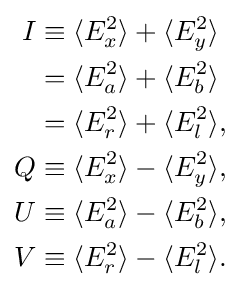
{\begin{aligned}I&\equiv \langle E_{x}^{2}\rangle +\langle E_{y}^{2}\rangle \\&=\langle E_{a}^{2}\rangle +\langle E_{b}^{2}\rangle \\&=\langle E_{r}^{2}\rangle +\langle E_{l}^{2}\rangle ,\\Q&\equiv \langle E_{x}^{2}\rangle -\langle E_{y}^{2}\rangle ,\\U&\equiv \langle E_{a}^{2}\rangle -\langle E_{b}^{2}\rangle ,\\V&\equiv \langle E_{r}^{2}\rangle -\langle E_{l}^{2}\rangle .\end{aligned}}